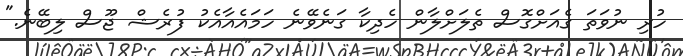
ހުރި ނުވަތަ ގެއަށްގޮސް ތެލަށްލާން ހެދިކާ ގަނެވޭނެ ހަމައެއާއެކު ފުރެޝް ޖޫސް ލިބޭނެ."